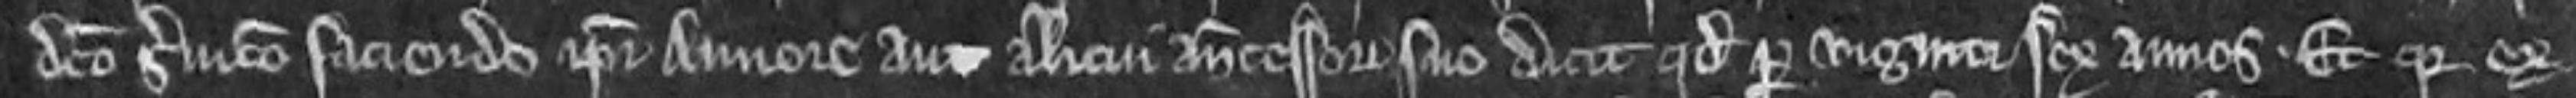
dicto servicio faciendo ipsi Annore aut alicui antecessori suo dicit quod per viginti et sex annos. Et quia ex